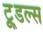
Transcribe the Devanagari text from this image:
टू्डल्स